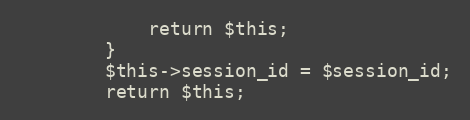
Language: PHP
            return $this;
        }
		$this->session_id = $session_id;
		return $this;